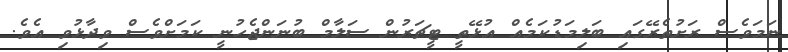
ނަމަވެސް ރަށުތެރޭގައި ބަލިމަޑުކަމެއް އުޅޭތީ ޓީޗަރުން ސަލާމް ބުނަންޖެހުނީ ކަމަށްވެސް ވިދާޅުވި އެވެ.